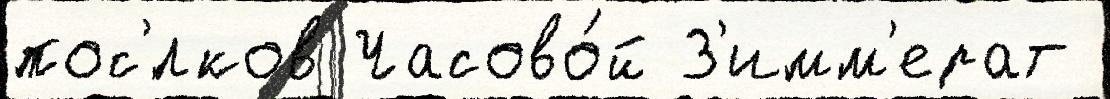
пос'́лков Часово́й З'имм'ерат